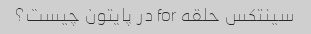
سینتکس حلقه for در پایتون چیست؟